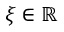
\xi \in \mathbb { R }